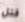
قتل